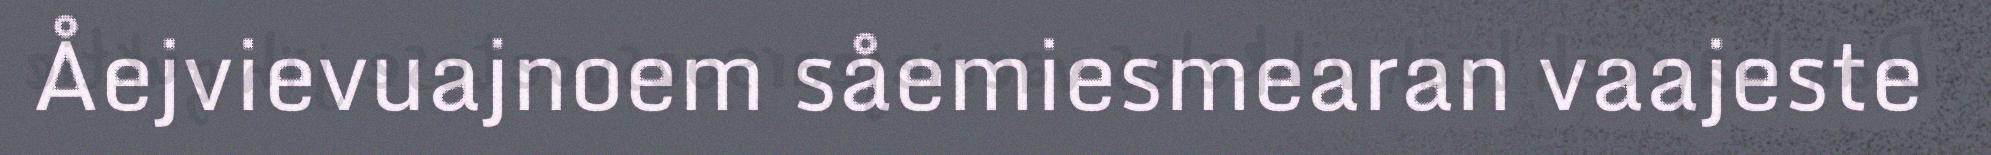
Åejvievuajnoem såemiesmearan vaajeste